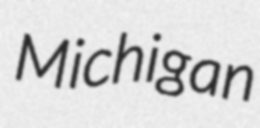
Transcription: Michigan